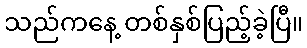
သည်ကနေ့ တစ်နှစ်ပြည့်ခဲ့ပြီ။